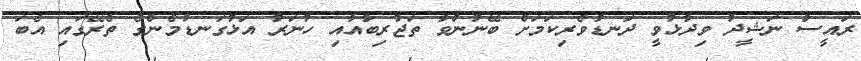
ރައީސް ނަޝީދު ވިދާޅުވީ ދަނޑުވެރިކަމަށް ބޭނުންވާ ތަޖުރިބާއާއި ހުނަރު އަޅުގަނޑުމެންގެ ތެރޭގައި އެބަ